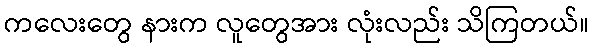
ကလေးတွေ နားက လူတွေအား လုံးလည်း သိကြတယ်။